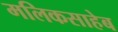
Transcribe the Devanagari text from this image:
मलिकसाहेब